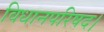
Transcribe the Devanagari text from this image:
विधानपरिषद।